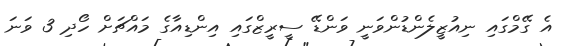
އެ ގޭމްގައި ނިއުޒީލެންޑުންވަނީ ވަންޑޭ ސީރީޒްގައި އިންޑިއާގެ މައްޗަށް ހޯދި 3 ވަނަ